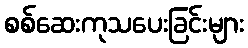
စစ်ဆေးကုသပေးခြင်းများ